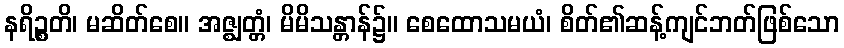
နရိဉ္စတိ၊ မဆိတ်စေ။ အဇ္ဈတ္တံ၊ မိမိသန္တာန်၌။ စေထောသမယံ၊ စိတ်၏ဆန့်ကျင်ဘတ်ဖြစ်သော